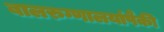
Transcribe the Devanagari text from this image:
बालरुग्णालयांपैकी